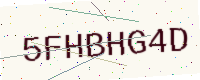
Text: 5FHBHG4D